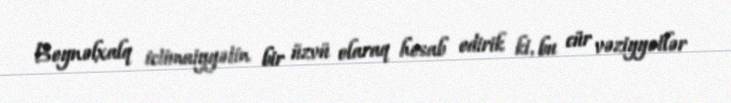
Beynəlxalq ictimaiyyətin bir üzvü olaraq hesab edirik ki, bu cür vəziyyətlər